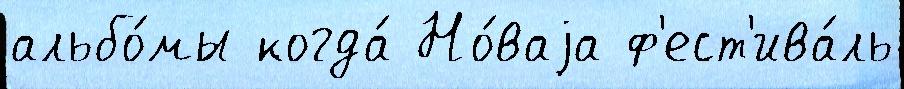
альбо́мы когда́ Но́ваjа ф'ест'ива́ль